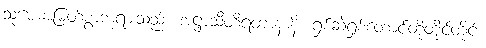
သုမေဓာမြတ်စွာဘုရားသည်။ အဋ္ဌာသီတိရတာနာနိ၊ ရှစ်ဆဲ့ရှစ်တောင်တို့တိုင်တိုင်။